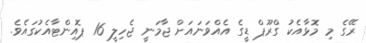
ރޭގެ މި މޮޅާއެކު ގްރޫޕް ޑީގެ އެއްވަނައަށް ޖާމަނީ ޖެހިލީ 16 ޕޮއިންޓާއެކުގައެވެ.